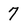
Character: 7